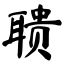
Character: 聩